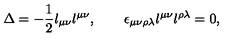
\Delta = - { \frac { 1 } { 2 } } l _ { \mu \nu } l ^ { \mu \nu } , \quad \quad \epsilon _ { \mu \nu \rho \lambda } l ^ { \mu \nu } l ^ { \rho \lambda } = 0 ,